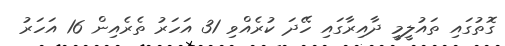
ގޮތުގައި ތައުލީމީ ދާއިރާގައި ހޭދަ ކުރެއްވި 31 އަހަރު ތެރެއިން 16 އަހަރު